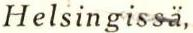
Helsingissä,